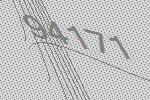
94171